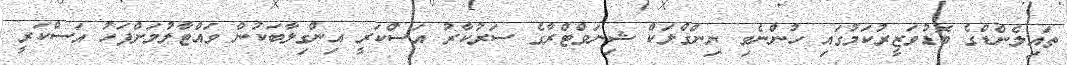
ތައިލެންޑްގެ ބޮޑުވަޒީރުކަމުގައި ހުންނެވި ޔިންގްލަކް ޝިނަވްޓްރާގެ ސަރުކާރު އަސްކަރީ އިންގިލާބަކުން ވައްޓާލުމަށްފަހު އަސްކަރީ